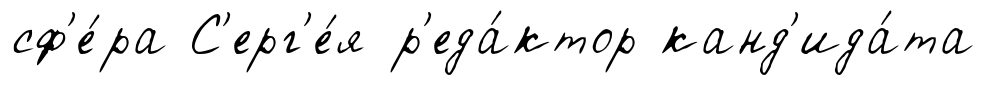
сф'е́ра С'ерг'е́я р'еда́ктор канд'ида́та